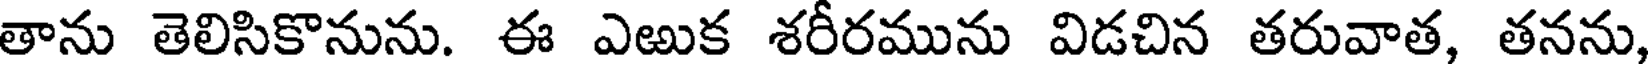
తాను తెలిసికొనును. ఈ ఎఱుక శరీరమును విడచిన తరువాత, తనను,